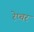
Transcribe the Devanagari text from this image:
रेप्चर